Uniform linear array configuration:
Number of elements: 64
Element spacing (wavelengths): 0.5
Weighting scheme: exponential
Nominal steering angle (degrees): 30
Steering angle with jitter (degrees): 31.997
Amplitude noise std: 0.05
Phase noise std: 0.05

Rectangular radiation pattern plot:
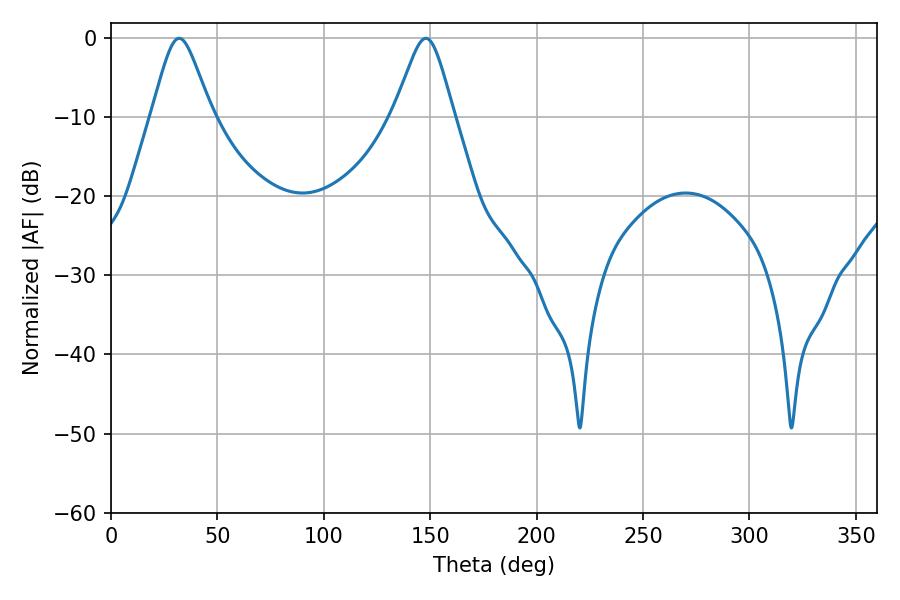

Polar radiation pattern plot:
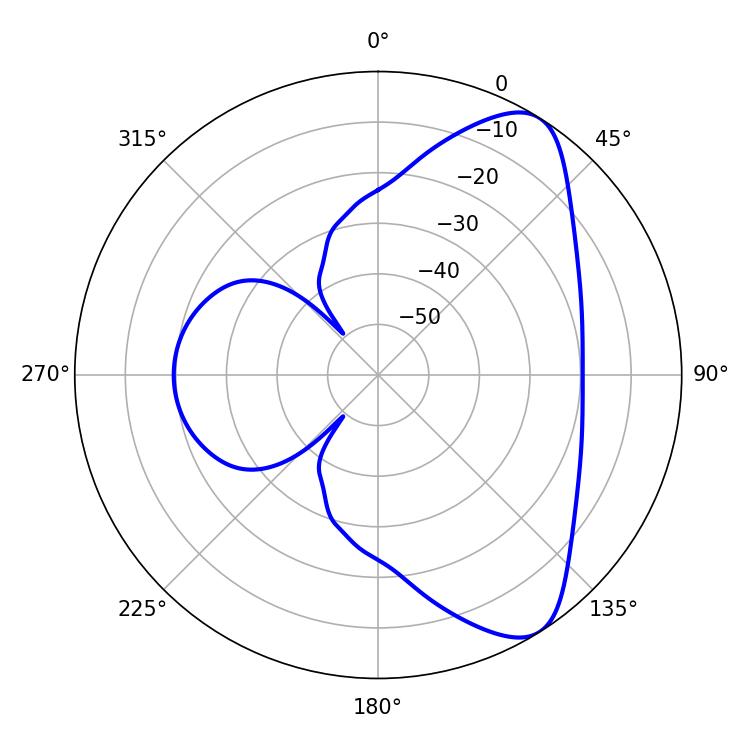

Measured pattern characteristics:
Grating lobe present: FALSE
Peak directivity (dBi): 7.942
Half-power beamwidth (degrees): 13.5
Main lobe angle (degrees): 32.04